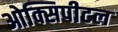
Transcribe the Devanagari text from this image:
ओक्सिपीटल